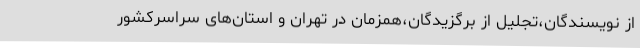
از نویسندگان،تجلیل از برگزیدگان،همزمان در تهران و استان‌های سراسرکشور